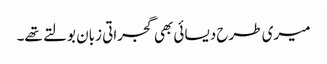
میری طرح دیسائی بھی گجراتی زبان بولتے تھے۔